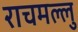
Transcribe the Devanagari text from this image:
राचमल्लु